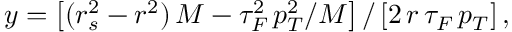
y = \left[ ( r _ { s } ^ { 2 } - r ^ { 2 } ) \, M - \tau _ { F } ^ { 2 } \, p _ { T } ^ { 2 } / M \right] / \left[ 2 \, r \, \tau _ { F } \, p _ { T } \right] ,